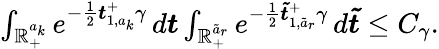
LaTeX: \begin{array}{r}{\int_{\mathbb{R}_{+}^{a_{k}}}e^{-\frac{1}{2}\boldsymbol{t}_{1,a_{k}}^{+}\gamma}\, d\boldsymbol{t}\int_{\mathbb{R}_{+}^{\tilde{a}_{r}}}e^{-\frac{1}{2}\boldsymbol{\tilde{t}}_{1,\tilde{a}_{r}}^{+}\gamma}\, d\boldsymbol{\tilde{t}}\leq C_{\gamma}.}\end{array}